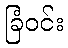
ခြံဝင်း